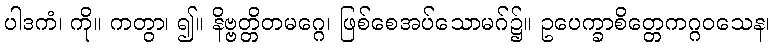
ပါဒကံ၊ ကို။ ကတွာ၊ ၍။ နိဗ္ဗတ္တိတမဂ္ဂေ၊ ဖြစ်စေအပ်သောမဂ်၌။ ဥပေက္ခာစိတ္တေကဂ္ဂဝသေန၊